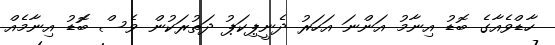
ހާޑްވެއާގެ ބޮޑު އިނާމު އަންނަ އަހަރު ދެނީޕިކަޕު ދަތުރަކުން ވެސް ބޮޮޑު އިނާމެއް